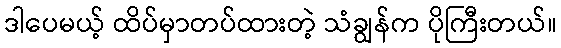
ဒါပေမယ့် ထိပ်မှာတပ်ထားတဲ့ သံချွန်က ပိုကြီးတယ်။